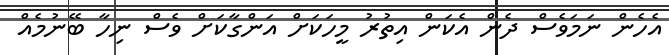
އެހެން ނަމަވެސް ދެން އެކަން އިތުރު މީހަކަށް އަންގާކަށް ވެސް ނިހާ ބޭނުމެއް